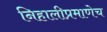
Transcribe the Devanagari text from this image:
निहालीप्रमाणेच